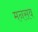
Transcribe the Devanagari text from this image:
मनसव